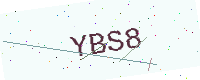
Text: YBS8